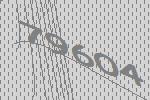
79604